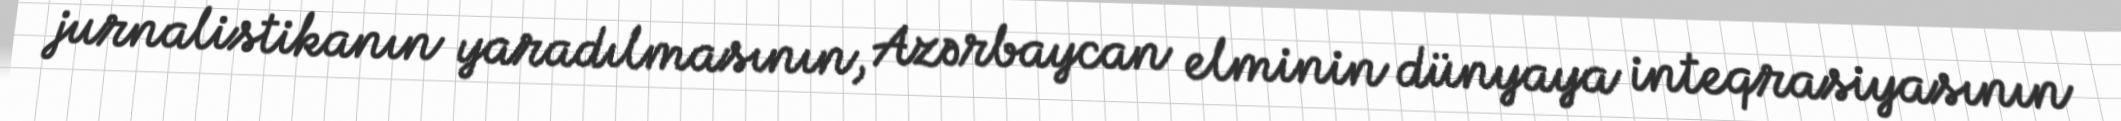
jurnalistikanın yaradılmasının, Azərbaycan elminin dünyaya inteqrasiyasının